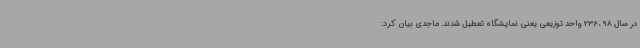
در سال 98 ، 236 واحد توزیعی یعنی نمایشگاه تعطیل شدند. ماجدی بیان کرد: